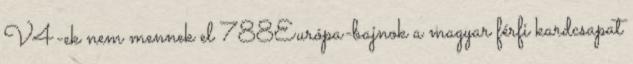
V4-ek nem mennek el 788Európa-bajnok a magyar férfi kardcsapat